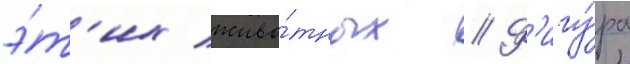
э́т'их живо́тных // Ф'игу́ра